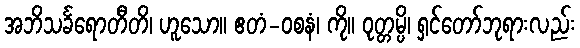
အဘိသင်္ခရောတီတိ၊ ဟူသော။ ဧတံ-ဝစနံ၊ ကို။ ဝုတ္တမ္ပိ၊ ရှင်တော်ဘုရားလည်း